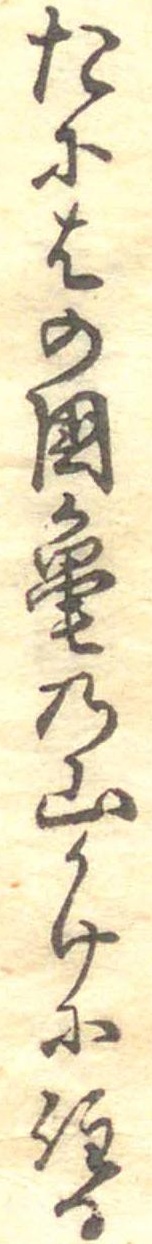
たにはの国亀の山かけに住る